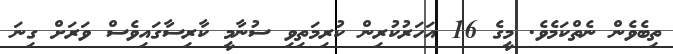
ތިބެވެން ނެތްކަމެވެ. މީގެ 16 އަހަރުކުރިން ކުރިމަތިވި ސުނާމީ ކާރިސާގައިވެސް ވަރަށް ގިނަ